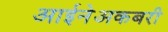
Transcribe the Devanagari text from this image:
आईनेअकबरी